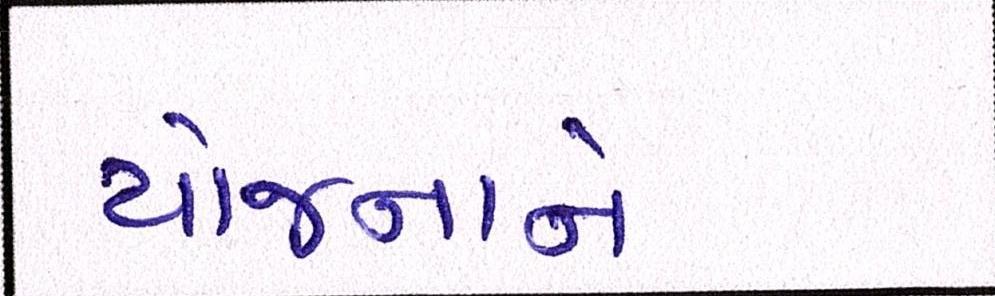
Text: યોજનાને